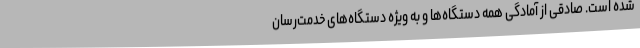
شده است. صادقی از آمادگی همه دستگاه‌ها و به ویژه دستگاه‌های خدمت‌رسان